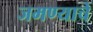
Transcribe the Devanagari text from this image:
जमण्याचे